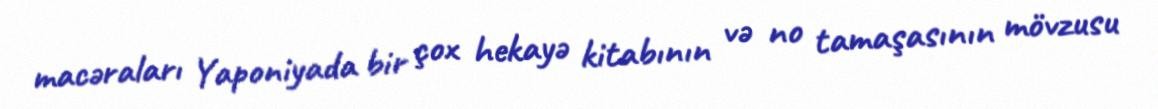
macəraları Yaponiyada bir çox hekayə kitabının və no tamaşasının mövzusu